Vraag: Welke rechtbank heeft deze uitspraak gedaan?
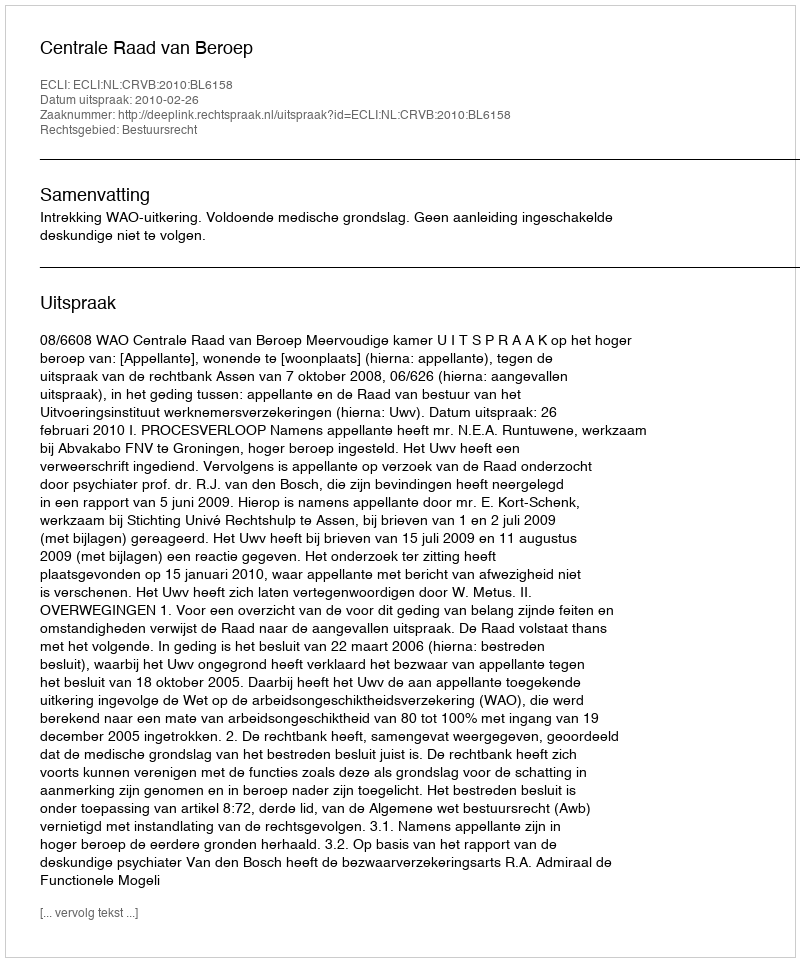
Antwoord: Centrale Raad van Beroep